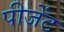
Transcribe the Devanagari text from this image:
पीजेंट